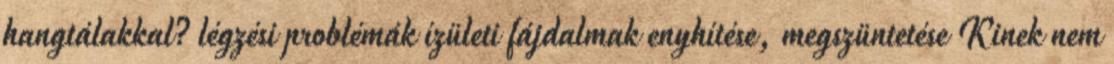
hangtálakkal? légzési problémák ízületi fájdalmak enyhítése, megszüntetése Kinek nem